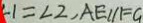
\angle 1 = \angle 2 , A E / / F G